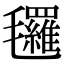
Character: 𣱀